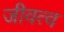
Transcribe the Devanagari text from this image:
जीवत्व